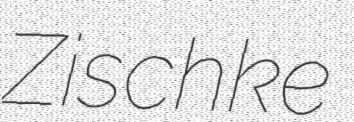
Zischke